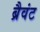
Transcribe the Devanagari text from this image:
ब्रैवंट